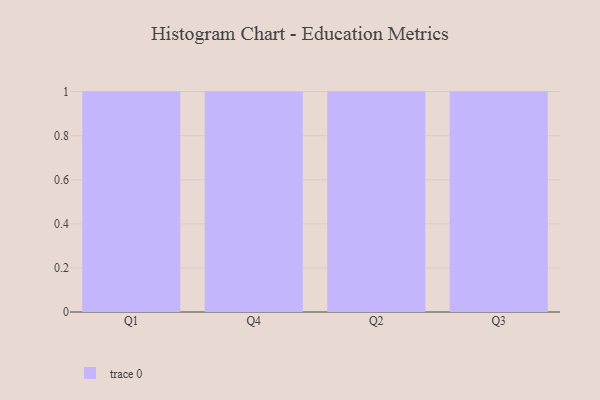
{"axis": {"x": "Quarter", "y": "Budget (USD K)"}, "legend": [""], "data": [{"x": "Q1", "y": 28, "type": ""}, {"x": "Q4", "y": 58, "type": ""}, {"x": "Q2", "y": 81, "type": ""}, {"x": "Q3", "y": 84, "type": ""}]}